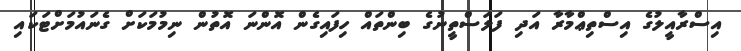
އިސްރާއީލުގެ އިސްތިޢްމާރާ އަދި ފަލަސްތީނުގެ ބިންތައް ހިފައިގެން އޮންނަ އޮތުން ނިމުމަކަށް ގެނައުމަށްޓަކައި